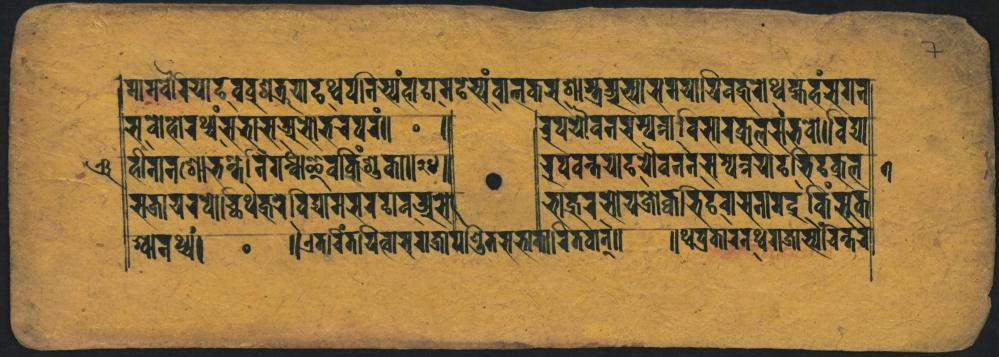
𑐩𑐶𑐩𑐬𑑂𑐰𑐬𑐫𑐵𑐡𑐰𑐧𑑂𑐬𑐢𑑂𑐫𑐟𑑂𑐬𑐫𑐵𑐡𑐺𑐱𑑂𑐰𑐥𑐣𑐶𑐔𑑂𑐫𑑄𑐴𑐵𑐡𑐵𑐩𑐴𑐳𑑂𑐫𑑄𑐰𑐵𑐣𑐎𑐬𑐞𑐵𑐳𑐟𑐨𑑂𑐫𑐬𑐔𑑂𑐫𑐵𑐳𑐩𑐫𑐵𑐫𑐶𑐰𑐎𑐸𑐬𑑀𑐢𑑂𑐫𑐎𑑂𑐰𑐴𑑄𑐳𑐐𑐣𑑂 𑐳𑐰𑑀𑐴𑑀𑐬𑐠𑑂𑐰𑑄𑐳𑐨𑐵𑐳𑐖𑑂𑐔𑑀𑐨𑐬𑐥𑐬𑑄𑑌 𑐴𑐷𑐣𑐵𑐣𑐱𑑀𑐨𑐣𑑂𑐡𑑂𑐢𑐾𑐰𑐶𑐥𑐣𑑂𑐢𑐷𑐂𑐰𑐎𑐶𑑄𑐱𑑂𑐬𑐸𑐎𑐵𑑌𑑌 𑐳𑐖𑐵𑐔𑐬𑐧𑑀𑐔𑑂𑐕𑐶𑐠𑐎𑐸𑐬𑐰𑐶𑐡𑑂𑐫𑐵𑐩𑐳𑐬𑐚𑐵𑐰𑐢𑐳𑑀 𑐱𑑂𑐔𑐵𑐰𑐢𑑂𑐫𑑄